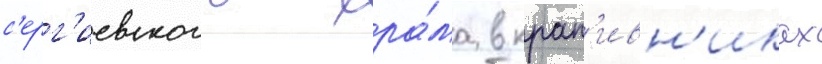
с'ерг'иевского хра́ма в крап'ивн'иках